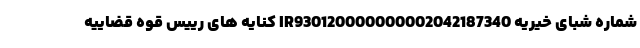
شماره شبای خیریه IR930120000000002042187340 کنایه های رییس قوه قضاییه